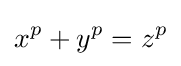
x^{p}+y^{p}=z^{p}